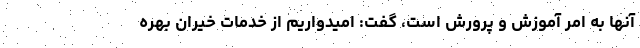
آنها به امر آموزش‌ و پرورش است، گفت: امیدواریم از خدمات خیران بهره